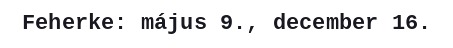
Feherke: május 9., december 16.